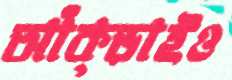
আঁক্‌ড়াইও